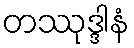
တဿုဒ္ဒါနံ